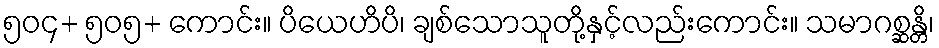
၅၀၄+ ၅၀၅+ ကောင်း။ ပိယေဟိပိ၊ ချစ်သောသူတို့နှင့်လည်းကောင်း။ သမာဂစ္ဆန္တိ၊